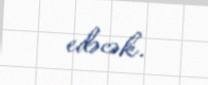
edəcək.